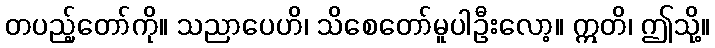
တပည့်တော်ကို။ သညာပေဟိ၊ သိစေတော်မူပါဦးလော့။ ဣတိ၊ ဤသို့။